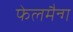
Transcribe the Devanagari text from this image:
फेलमैन्ग